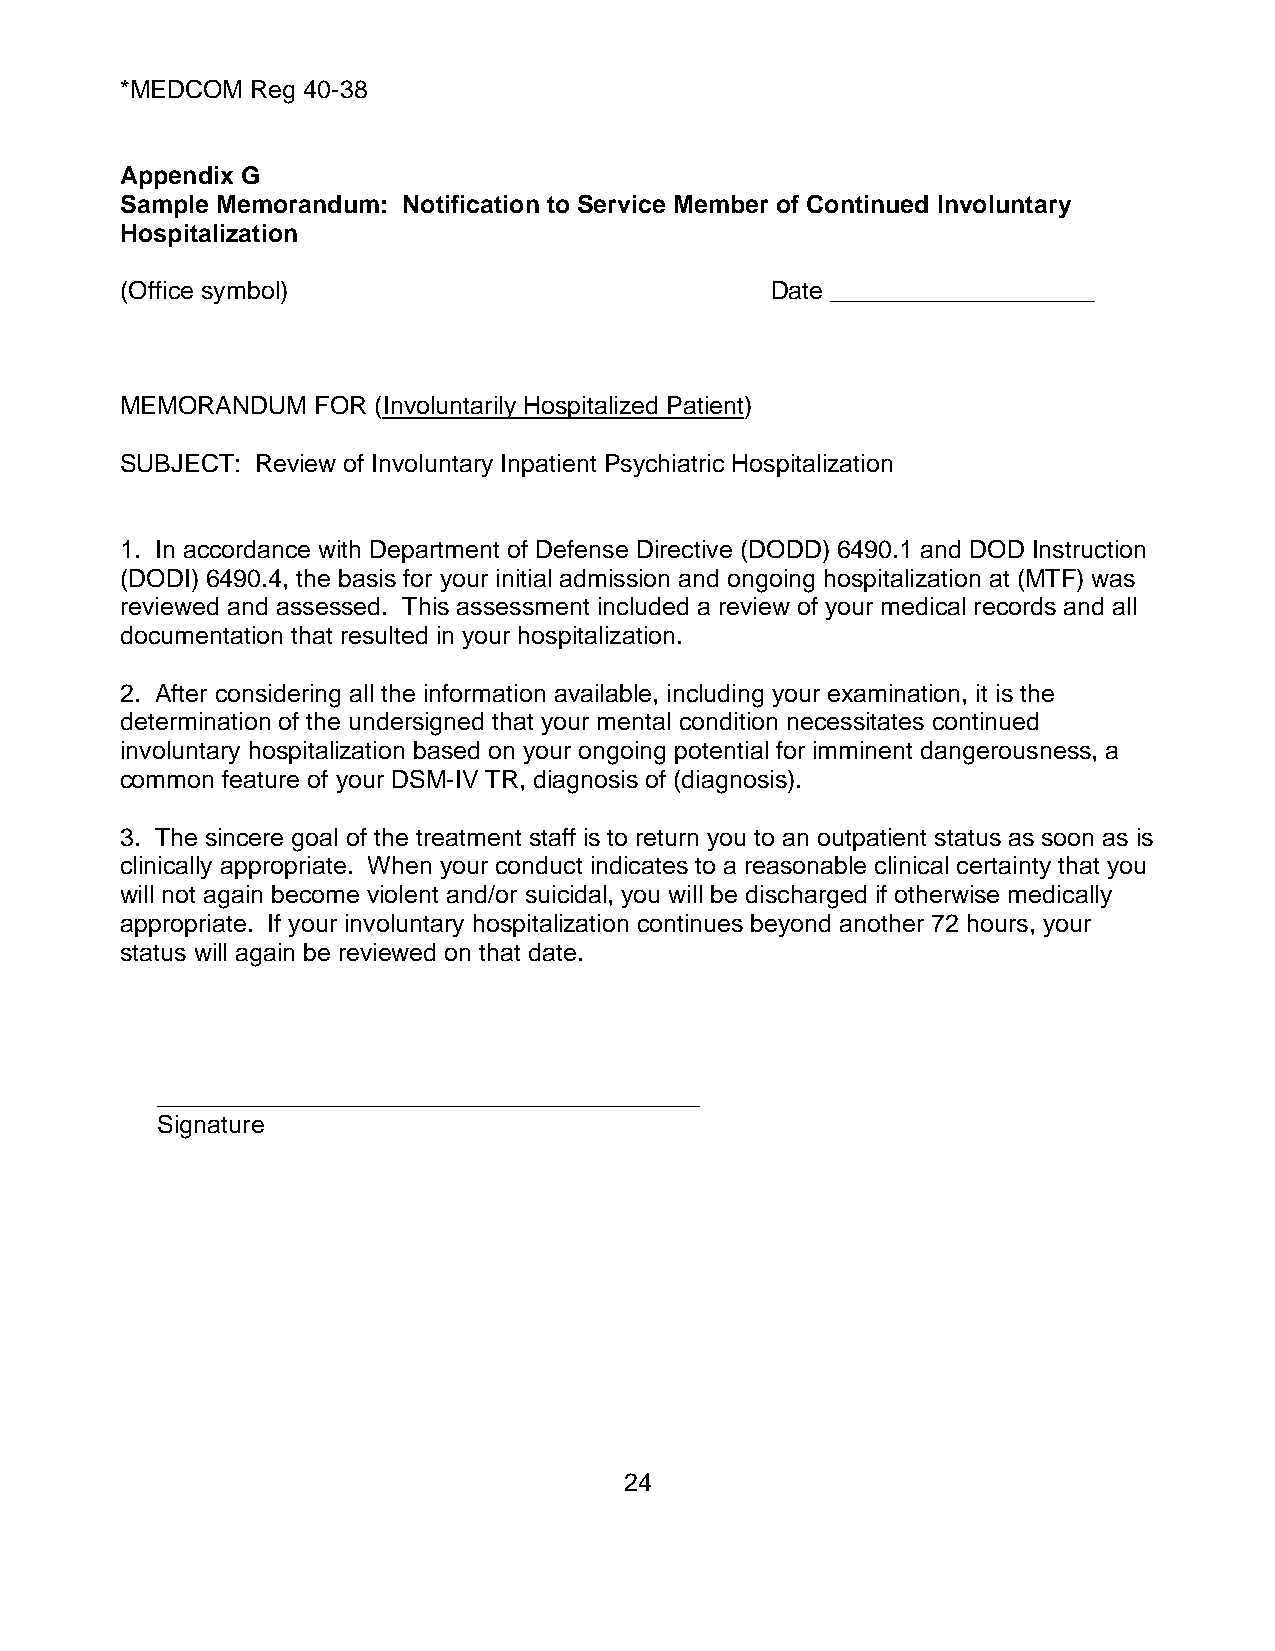
*MEDCOM  Reg 40-38
 Appendix G
 Sample Memorandum: Notification to Service Member of Continued Involuntary
 Hospitalization
 (Office symbol)                            Date ___________________
 MEMORANDUM   FOR (Involuntarily Hospitalized Patient)
 SUBJECT: Review of Involuntary Inpatient Psychiatric Hospitalization
 1. In accordance with Department of Defense Directive (DODD) 6490.1 and DOD Instruction
 (DODI) 6490.4, the basis for your initial admission and ongoing hospitalization at (MTF) was
 reviewed and assessed. This assessment included a review of your medical records and all
 documentation that resulted in your hospitalization.
 2. After considering all the information available, including your examination, it is the
 determination of the undersigned that your mental condition necessitates continued
 involuntary hospitalization based on your ongoing potential for imminent dangerousness, a
 common feature of your DSM-IV TR, diagnosis of (diagnosis).
 3. The sincere goal of the treatment staff is to return you to an outpatient status as soon as is
 clinically appropriate. When your conduct indicates to a reasonable clinical certainty that you
 will not again become violent and/or suicidal, you will be discharged if otherwise medically
 appropriate. If your involuntary hospitalization continues beyond another 72 hours, your
 status will again be reviewed on that date.
 _______________________________________
 Signature
 24